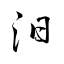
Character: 汨